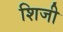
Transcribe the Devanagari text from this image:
शिजी